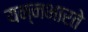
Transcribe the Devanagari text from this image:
यन्नभारते